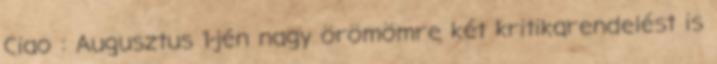
Ciao : Augusztus 1-jén nagy örömömre két kritikarendelést is